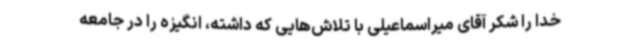
خدا را شکر آقای میراسماعیلی با تلاش‌هایی که داشته، انگیزه را در جامعه